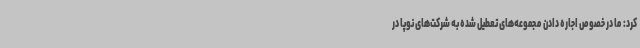
کرد: ما در خصوص اجاره دادن مجموعه‌های تعطیل شده به شرکت‌های نوپا در